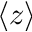
\langle z \rangle